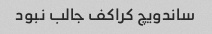
ساندویچ کراکف جالب نبود